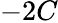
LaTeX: -2C